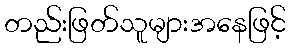
တည်းဖြတ်သူများအနေဖြင့်